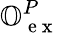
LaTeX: \mathbb{O}_{\mathrm{~e~x~}}^{P}